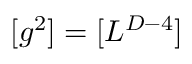
[ g ^ { 2 } ] = [ L ^ { D - 4 } ]